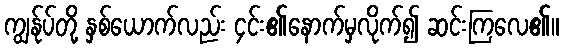
ကျွန်ုပ်တို့ နှစ်ယောက်လည်း ၄င်း၏နောက်မှလိုက်၍ ဆင်းကြလေ၏။